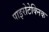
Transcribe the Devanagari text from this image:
पाइरोटेक्निक